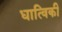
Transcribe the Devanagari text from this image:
धात्विकी